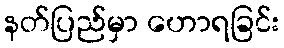
နတ်ပြည်မှာ ဟောရခြင်း